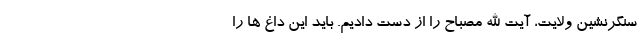
سنگرنشین ولایت، آیت الله مصباح را از دست دادیم. باید این داغ ها را